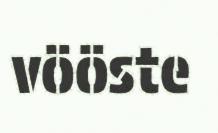
vööste